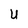
Character: U